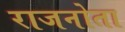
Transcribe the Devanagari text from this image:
राजनोता